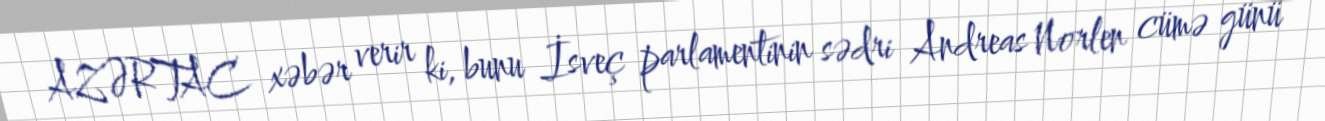
AZƏRTAC xəbər verir ki, bunu İsveç parlamentinin sədri Andreas Norlen cümə günü